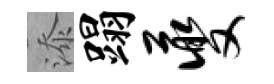
添蹋夔